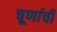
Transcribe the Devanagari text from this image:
चूर्णाची